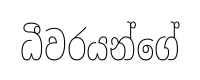
ධීවරයන්ගේ